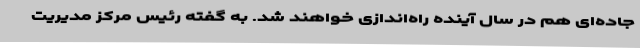
جاده‌ای هم در سال آینده راه‌اندازی خواهند شد. به گفته رئیس مرکز مدیریت